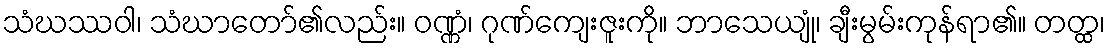
သံဃဿဝါ၊ သံဃာတော်၏လည်း။ ဝဏ္ဏံ၊ ဂုဏ်ကျေးဇူးကို။ ဘာသေယျုံ၊ ချီးမွမ်းကုန်ရာ၏။ တတ္ထ၊